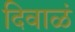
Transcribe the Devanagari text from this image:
दिवाळं